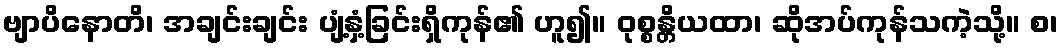
ဗျာပိနောတိ၊ အချင်းချင်း ပျံ့နှံ့ခြင်းရှိကုန်၏ ဟူ၍။ ဝုစ္စန္တိယထာ၊ ဆိုအပ်ကုန်သကဲ့သို့။ စ၊